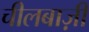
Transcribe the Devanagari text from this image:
चीलबाज़ी